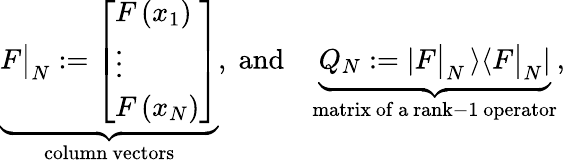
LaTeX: \underset{\mathrm{column~vectors}}{\underbrace{F\big|_{N}:=\left[\begin{array}{l}{F\left(x_{1}\right)}\\ {\vdots}\\ {F\left(x_{N}\right)}\end{array}\right]}},\; \mathrm{and}\quad\underset{\mathrm{matrix~of~a~rank-1~operator}}{\underbrace{Q_{N}:=\left|F\big|_{N}\left\rangle\right\langle F\big|_{N}\right|}},